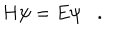
H \psi = E \psi \, \, \, \, \, .